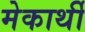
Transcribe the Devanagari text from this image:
मेकार्थी